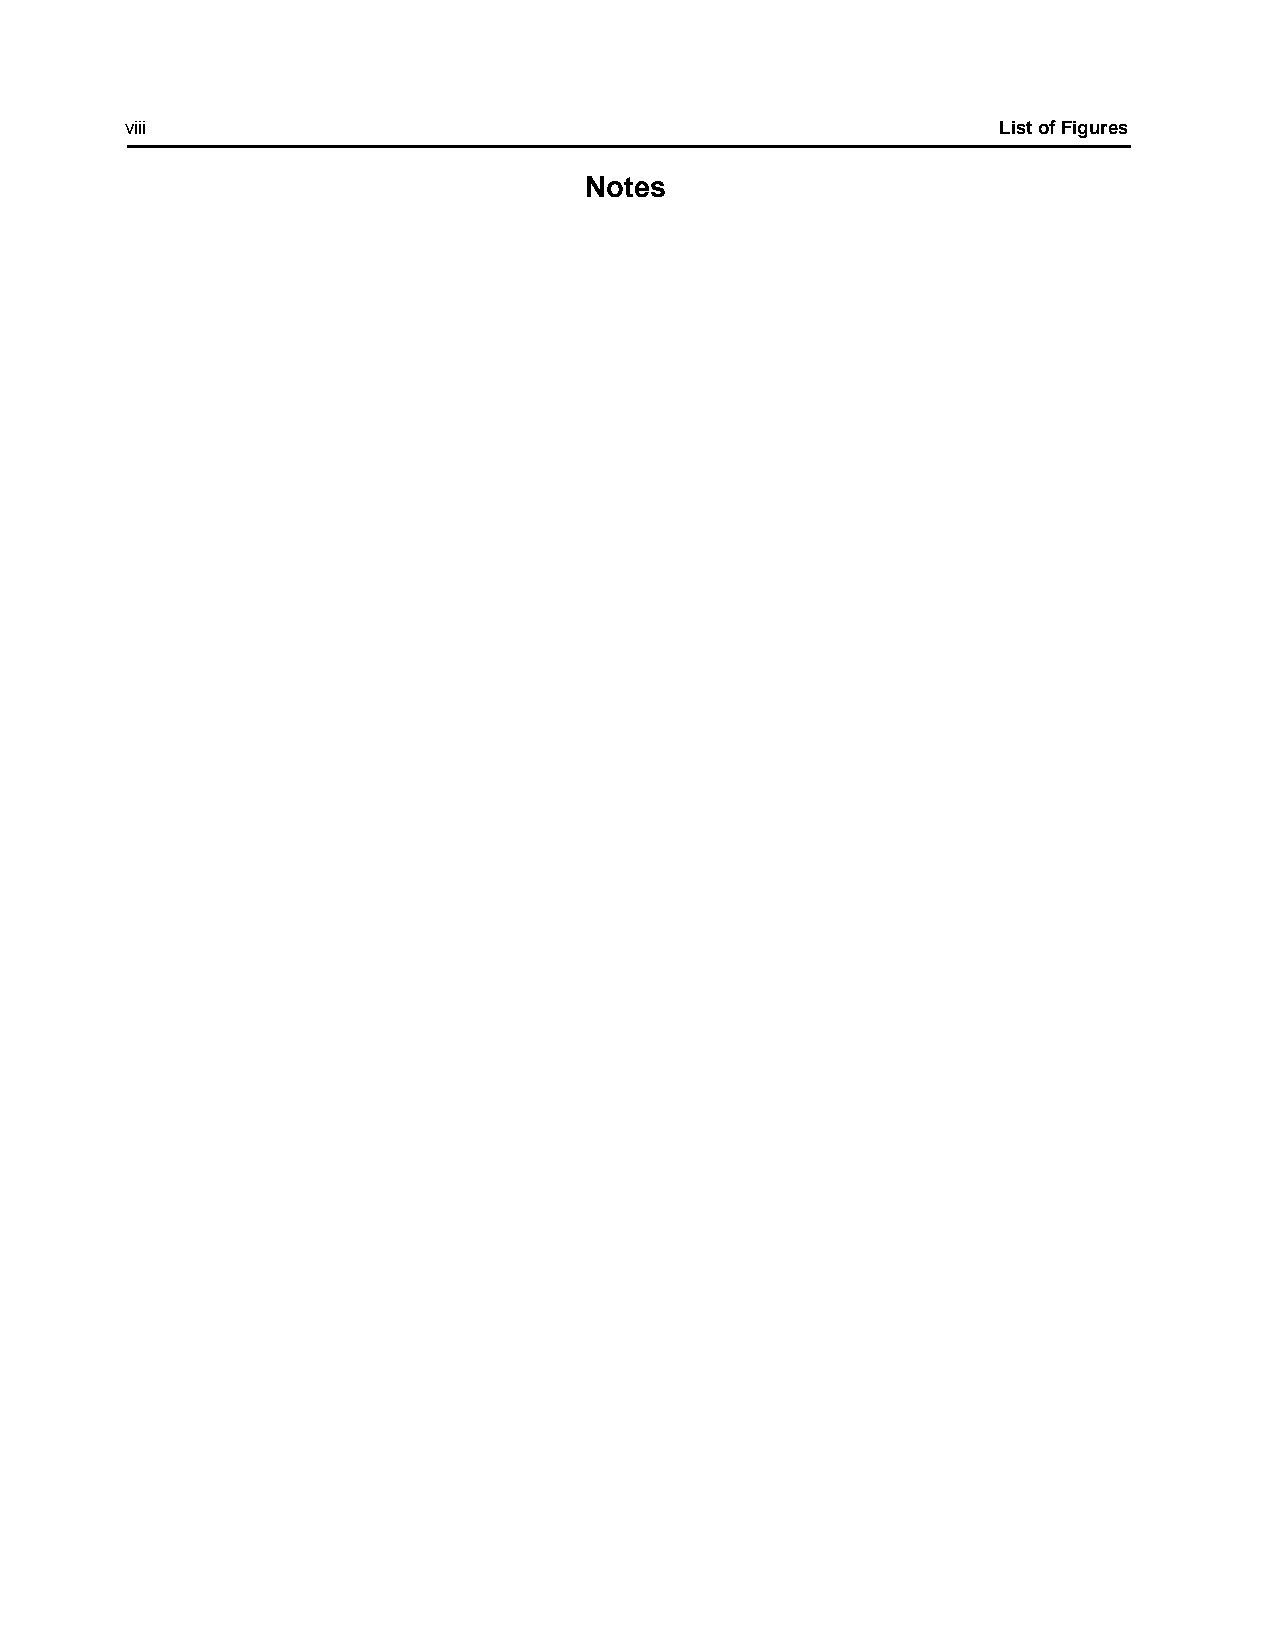
viii                                                      List of Figures
 Notes